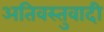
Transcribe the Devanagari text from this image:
अतिवस्तुवादी